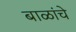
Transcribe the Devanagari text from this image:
बाळांचे